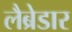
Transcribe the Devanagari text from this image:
लैब्रेडार